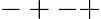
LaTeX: -+-+